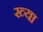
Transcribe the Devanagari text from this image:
ख्या